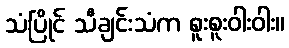
သံပြိုင် သီချင်းသံက စူးစူးဝါးဝါး။